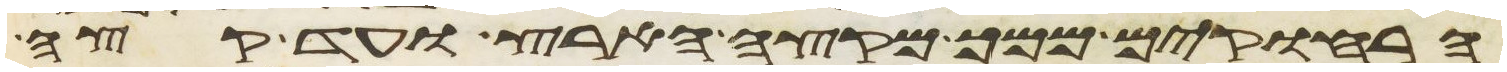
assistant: הרחוקים ממך מקצה הארץ ועד קצה